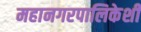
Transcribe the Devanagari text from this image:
महानगरपालिकेशी